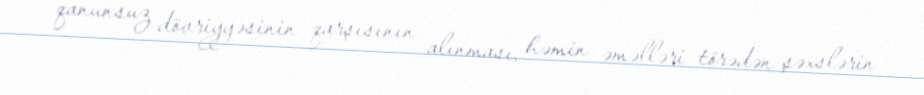
qanunsuz dövriyyəsinin qarşısının alınması, həmin əməlləri törədən şəxslərin